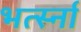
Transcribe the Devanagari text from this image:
भर्त्स्ना